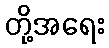
တို့အရေး